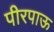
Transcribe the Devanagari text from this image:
पीरपाऊ